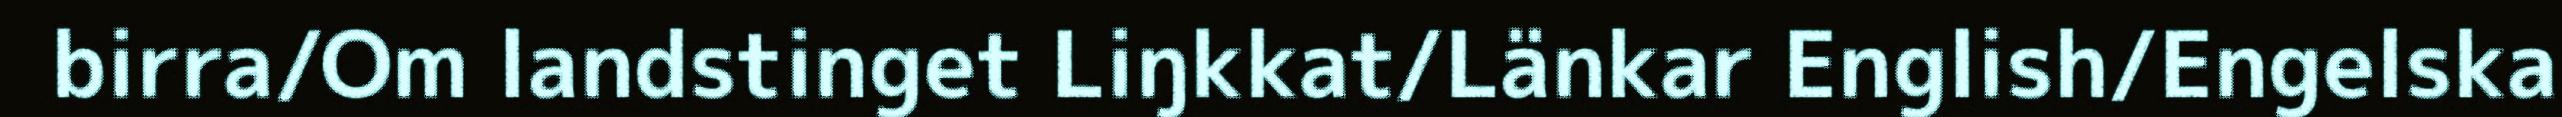
birra/Om landstinget Liŋkkat/Länkar English/Engelska